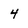
Character: 4